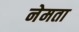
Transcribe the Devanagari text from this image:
नेमता